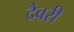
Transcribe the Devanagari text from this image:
दैवरी